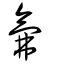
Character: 氟